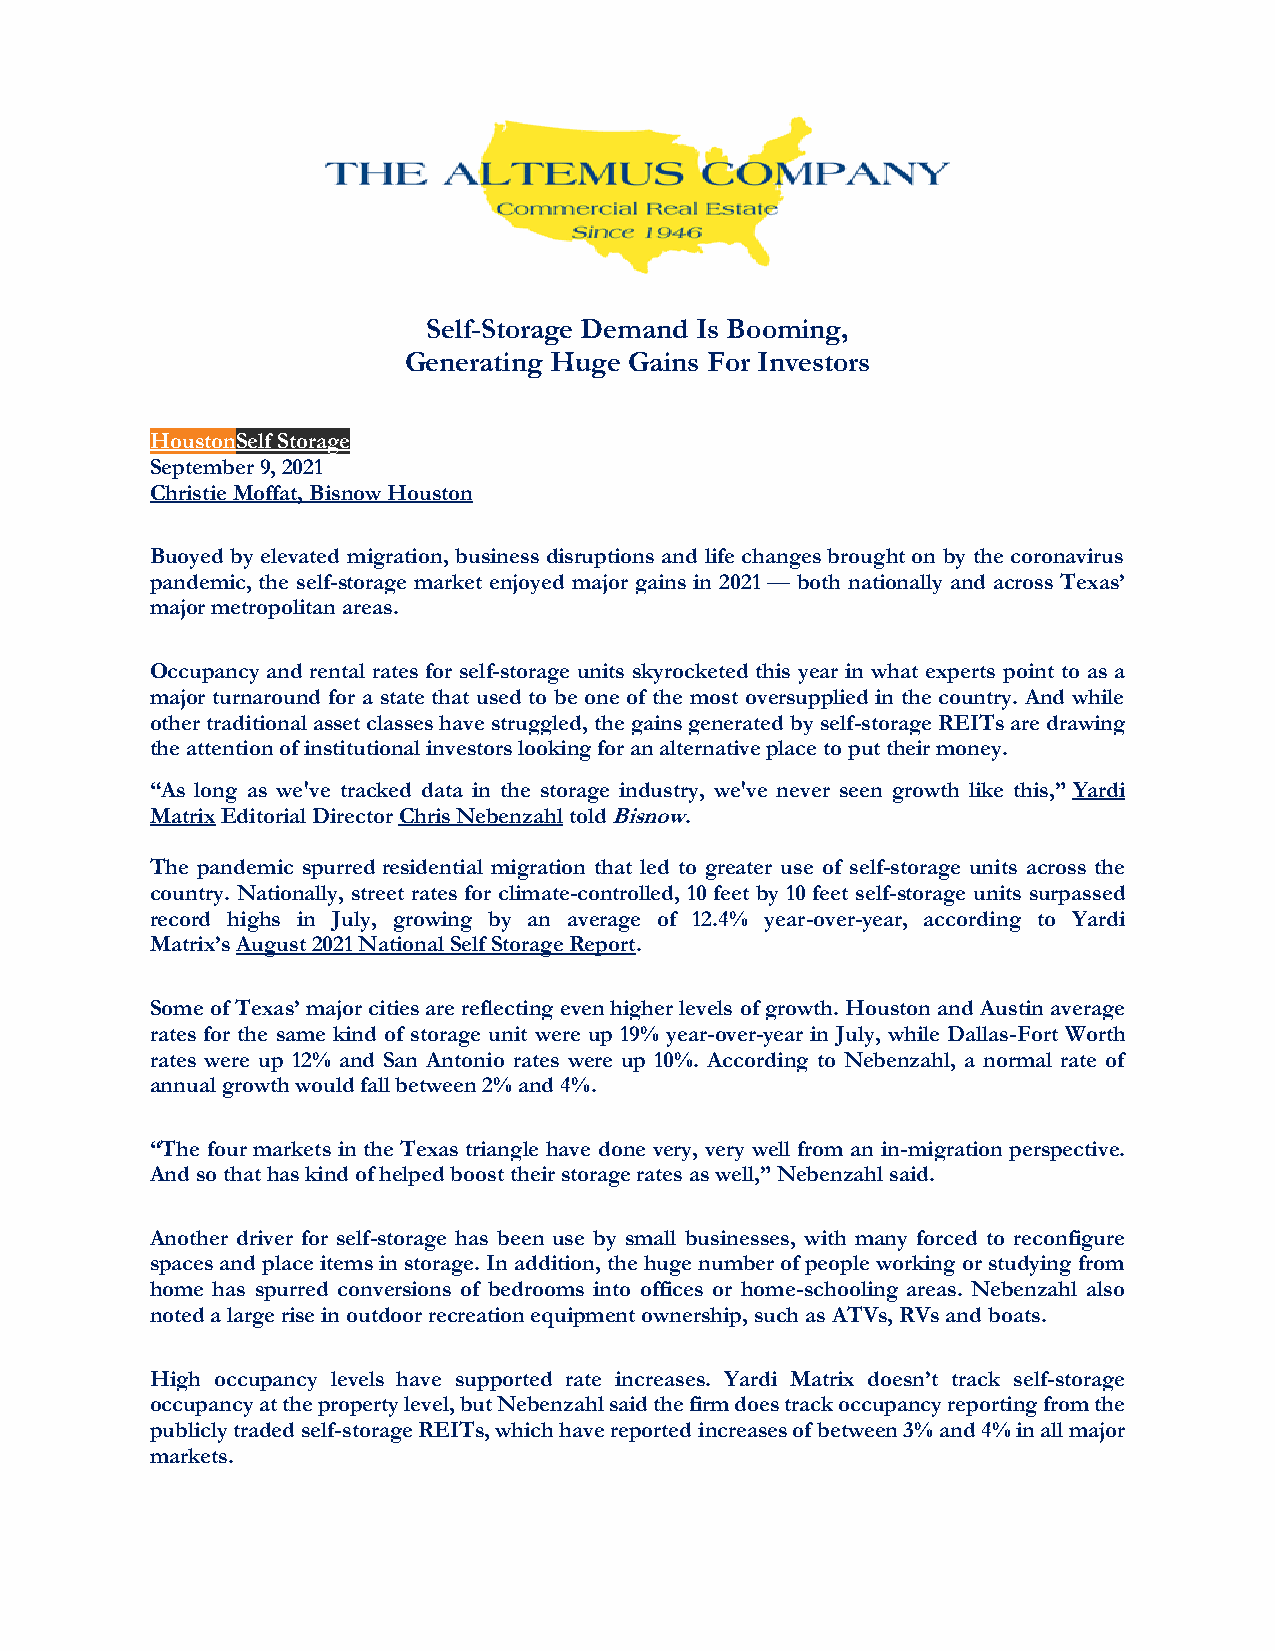
Self-Storage Demand Is Booming,
 Generating Huge Gains For Investors
 HoustonSelf Storage
 September 9, 2021
 Christie Moffat, Bisnow Houston
 Buoyed by elevated migration, business disruptions and life changes brought on by the coronavirus
 pandemic, the self-storage market enjoyed major gains in 2021 — both nationally and across Texas’
 major metropolitan areas.
 Occupancy and rental rates for self-storage units skyrocketed this year in what experts point to as a
 major turnaround for a state that used to be one of the most oversupplied in the country. And while
 other traditional asset classes have struggled, the gains generated by self-storage REITs are drawing
 the attention of institutional investors looking for an alternative place to put their money.
 “As long as we've tracked data in the storage industry, we've never seen growth like this,” Yardi
 Matrix Editorial Director Chris Nebenzahl told Bisnow.
 The pandemic spurred residential migration that led to greater use of self-storage units across the
 country. Nationally, street rates for climate-controlled, 10 feet by 10 feet self-storage units surpassed
 record highs in July, growing by an average of 12.4% year-over-year, according to Yardi
 Matrix’s August 2021 National Self Storage Report.
 Some of Texas’ major cities are reflecting even higher levels of growth. Houston and Austin average
 rates for the same kind of storage unit were up 19% year-over-year in July, while Dallas-Fort Worth
 rates were up 12% and San Antonio rates were up 10%. According to Nebenzahl, a normal rate of
 annual growth would fall between 2% and 4%.
 “The four markets in the Texas triangle have done very, very well from an in-migration perspective.
 And so that has kind of helped boost their storage rates as well,” Nebenzahl said.
 Another driver for self-storage has been use by small businesses, with many forced to reconfigure
 spaces and place items in storage. In addition, the huge number of people working or studying from
 home has spurred conversions of bedrooms into offices or home-schooling areas. Nebenzahl also
 noted a large rise in outdoor recreation equipment ownership, such as ATVs, RVs and boats.
 High occupancy levels have supported rate increases. Yardi Matrix doesn’t track self-storage
 occupancy at the property level, but Nebenzahl said the firm does track occupancy reporting from the
 publicly traded self-storage REITs, which have reported increases of between 3% and 4% in all major
 markets.